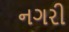
નગરી